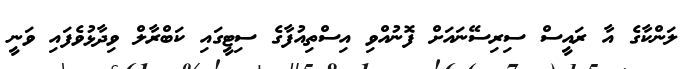
ލަންކާގެ އާ ރައީސް ސިރިސޭނައަށް ފޮނުއްވި އިސްތިއުފާގެ ސިޓީގައި ކަބްރާލް ވިދާޅުވެފައި ވަނީ